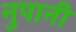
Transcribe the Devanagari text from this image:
नुपानी